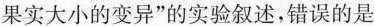
果实大小的变异”的实验叙述，错误的是